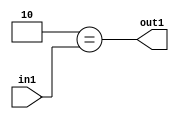
`timescale 1ps / 1ps
/*****************************************************************************
    Verilog RTL Description
    
    
    Created by: Stratus DpOpt 2019.1.01 
*******************************************************************************/

module cache_Eqi2u8_4_0 (
	in1,
	out1
	); /* architecture "behavioural" */ 
input [7:0] in1;
output  out1;
wire  asc001;

assign asc001 = (13'B0000000000010==in1);

assign out1 = asc001;
endmodule

/* CADENCE  urX0TgA= : u9/ySgnWtBlWxVPRXgAZ4Og= ** DO NOT EDIT THIS LINE ******/